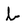
Character: b